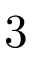
3 \time 3